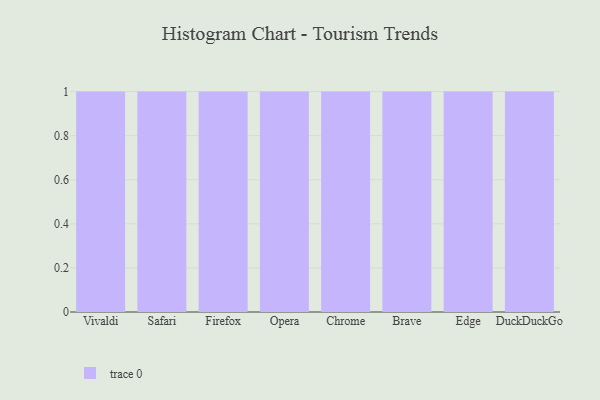
{"axis": {"x": "Browser", "y": "Inventory Turnover"}, "legend": [""], "data": [{"x": "Vivaldi", "y": 91, "type": ""}, {"x": "Safari", "y": 42, "type": ""}, {"x": "Firefox", "y": 65, "type": ""}, {"x": "Opera", "y": 81, "type": ""}, {"x": "Chrome", "y": 60, "type": ""}, {"x": "Brave", "y": 56, "type": ""}, {"x": "Edge", "y": 30, "type": ""}, {"x": "DuckDuckGo", "y": 76, "type": ""}]}